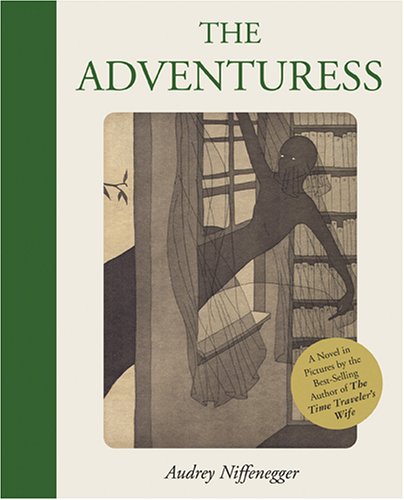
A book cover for The Adventuress; Audrey Niffenegger; Literature & Fiction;